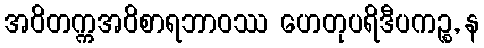
အဝိတက္ကအဝိစာရဘာဝဿ ဟေတုပရိဒီပကဉ္စ, န